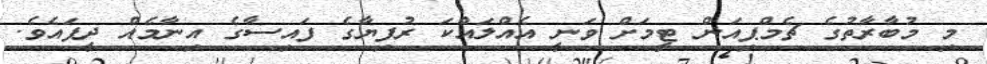
މި މުބާރާތުގެ ޗެމްޕިއަން ޓީމަށް ވަނީ އެއްލައްކަ ރުފިޔާގެ ފައިސާގެ އިނާމެއް ދީފައެވެ.